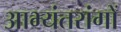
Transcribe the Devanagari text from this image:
आभ्यंतरांगों